Civil Veterinary Department Bihar reports 1936-40 - 1936-1940
Year: 1936
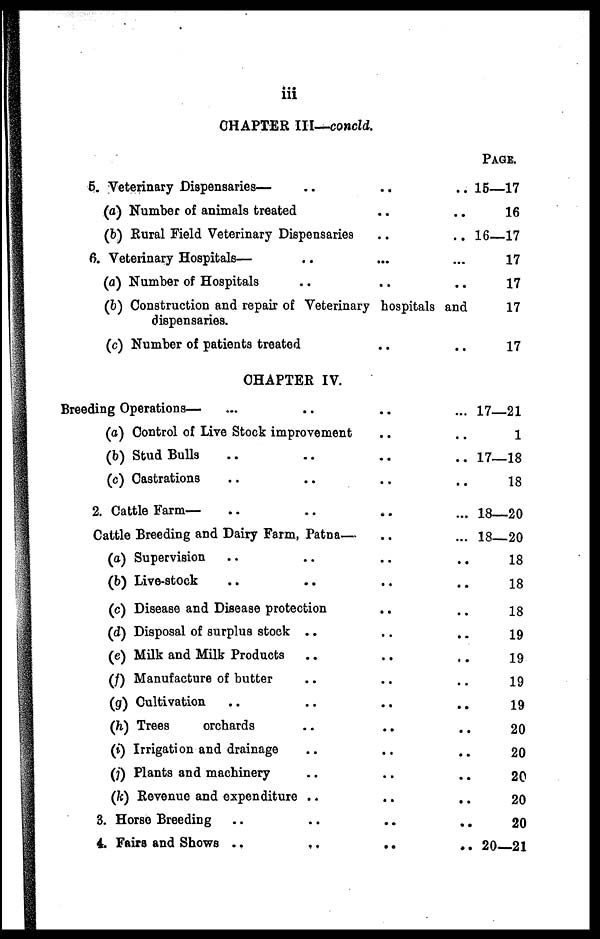
iii
CHAPTER III—concld.
5. Veterinary Dispensaries—.. .. ..
(a) Number of animals treated .. ..
(b) Rural Field Veterinary Dispensaries .. ..
6. Veterinary Hospital— .. .. ..
(a) Number of Hospitals .. .. .. ..
(b) Construction and repair of Veterinary hospitals and
dispensaries.
(c) Number of patients treated .. ..
CHAPTER IV.
Breeding Operations— .. .. .. ..
(a) Control of Live Stock improvement .. ..
(b) Stud Bulls .. .. .. ..
(c) Castrations .. .. .. ..
2. Cattle Farm— .. .. .. ..
Cattle Breeding and Dairy Farm, Patna—.. ..
(a) Supervision .. .. .. ..
(b) Live-stock ... .. .. ..
(c) Disease and Disease protection .. ..
(d) Disposal of surplus stock .. .. ..
(e) Milk and Milk Products.. .. ..
(/) Manufacture of butter .. .. ..
(g) Cultivation .. .. .. ..
(h) Trees
orchards .. .. ..
(i) Irrigation and drainage.. .. ..
(i) Plants and machinery .. .. ..
(k) Revenue and expenditure .. .. ..
3. Horse Breeding ... .. .. ..
4. Fairs and Shows ..
..
..
..
PAGE..
15—17
16
16—17
17
17
17
17
17—21
1
17—18
18
18—20
18—20
18
18
18
19
19
19
19
20
20
20
20
20
20—21